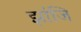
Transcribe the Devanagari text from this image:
झांजि